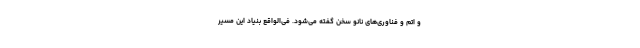
و اتم و فناوری‌های نانو سخن گفته می‌شود. فی‌الواقع بنیاد این مسیر